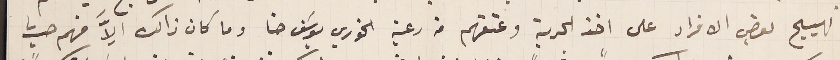
تهييح بعض الافراد على اخذ الحرية وعتقهم من رعية الخوري يوسَف حنا وما كان ذالك الاَّ منهم حيث